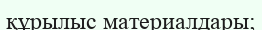
құрылыс материалдары;